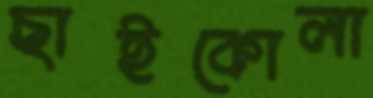
ছাইকোলা